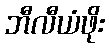
ဘီလီယံဖိုး